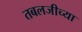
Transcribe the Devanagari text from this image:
तबलजीच्या